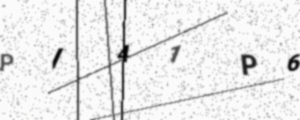
Text: PI41P6